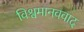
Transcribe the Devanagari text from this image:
विश्वमानववाद